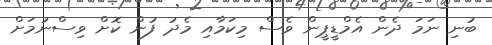
ބުނި ނަމަ ދެން އެމްޑީޕީން ވެސް މިކަމާއި މެދު ފުން ކޮށް ވިސްނުމަށް